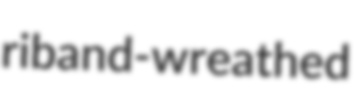
riband-wreathed